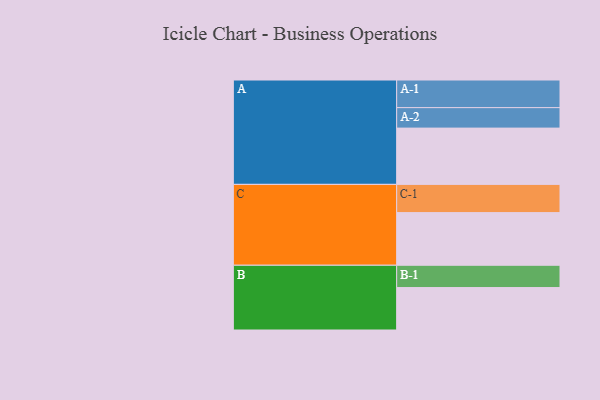
{"axis": {"x": "Segment", "y": "Value"}, "legend": ["", "A", "B", "C"], "data": [{"x": "A", "y": 558, "type": ""}, {"x": "B", "y": 421, "type": ""}, {"x": "C", "y": 522, "type": ""}, {"x": "A-1", "y": 274, "type": "A"}, {"x": "A-2", "y": 203, "type": "A"}, {"x": "B-1", "y": 221, "type": "B"}, {"x": "C-1", "y": 280, "type": "C"}]}